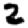
Digit: 2